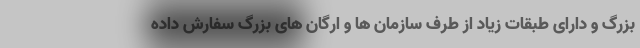
بزرگ و دارای طبقات زیاد از طرف سازمان ها و ارگان های بزرگ سفارش داده